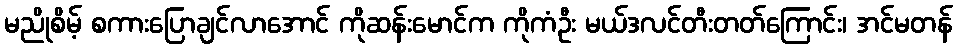
မညိုစိမ့် စကားပြောချင်လာအောင် ကိုဆန်းမောင်က ကိုကံဦး မယ်ဒလင်တီးတတ်ကြောင်း၊ အင်မတန်